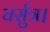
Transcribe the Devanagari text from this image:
घर्सुत्र।